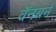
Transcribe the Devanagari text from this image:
वॅनबर्न